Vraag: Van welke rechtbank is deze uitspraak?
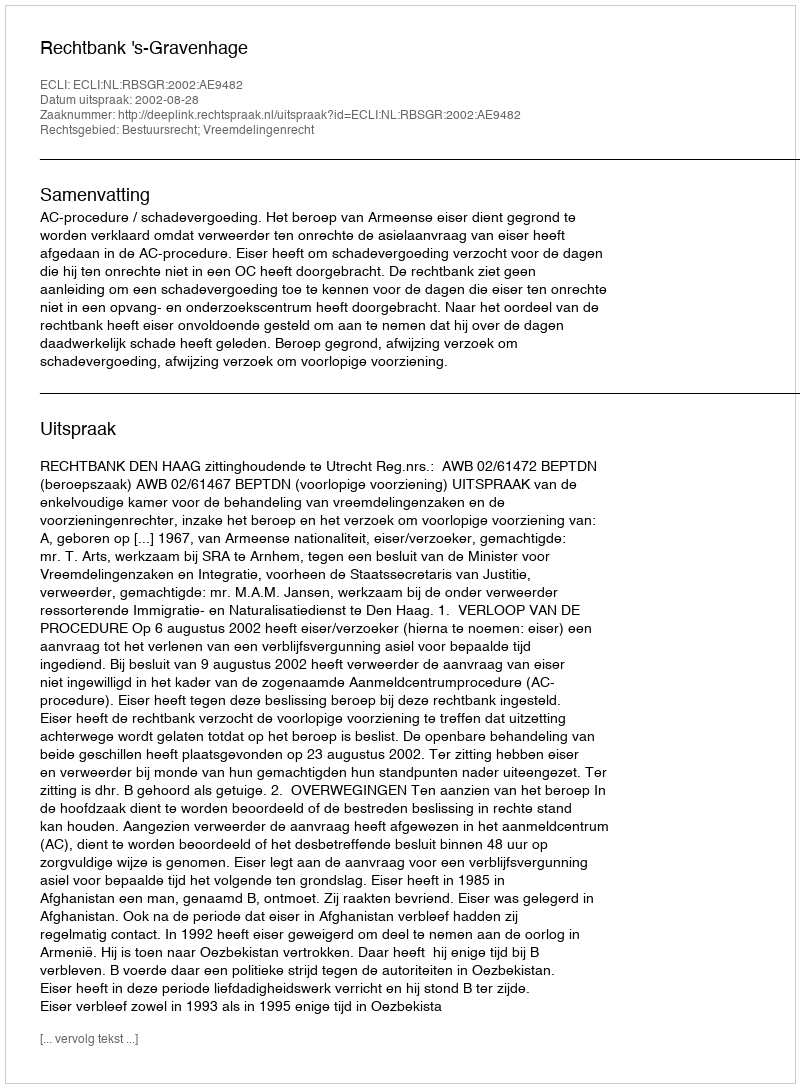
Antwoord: Rechtbank 's-Gravenhage